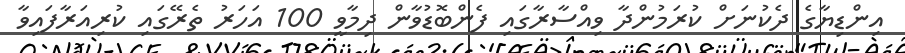
އިންޑިޔާގެ ދެކުނަށް ކުރަމުންދާ ވިއްސާރާގައި ފެންބޮޑުވާން ދިމާވީ 100 އަހަރު ތެރޭގައި ކުރިއަރާފައިވާ